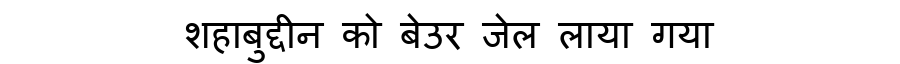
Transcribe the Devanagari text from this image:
शहाबुद्दीन को बेउर जेल लाया गया